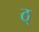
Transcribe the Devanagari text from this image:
ठ्‌